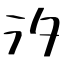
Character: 汐